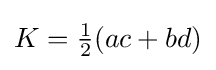
K={\tfrac {1}{2}}(ac+bd)